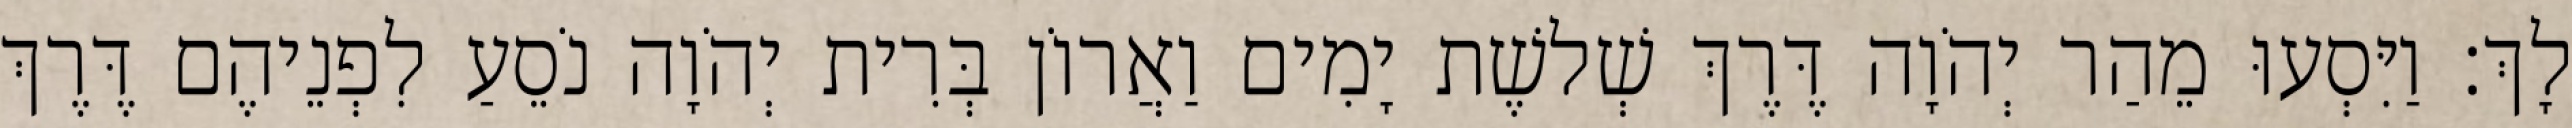
לָךְ׃ וַיִּסְעוּ מֵהַר יְהֹוָה דֶּרֶךְ שְׁלשֶׁת יָמִים וַאֲרוֹן בְּרִית יְהֹוָה נֹסֵעַ לִפְנֵיהֶם דֶּרֶךְ